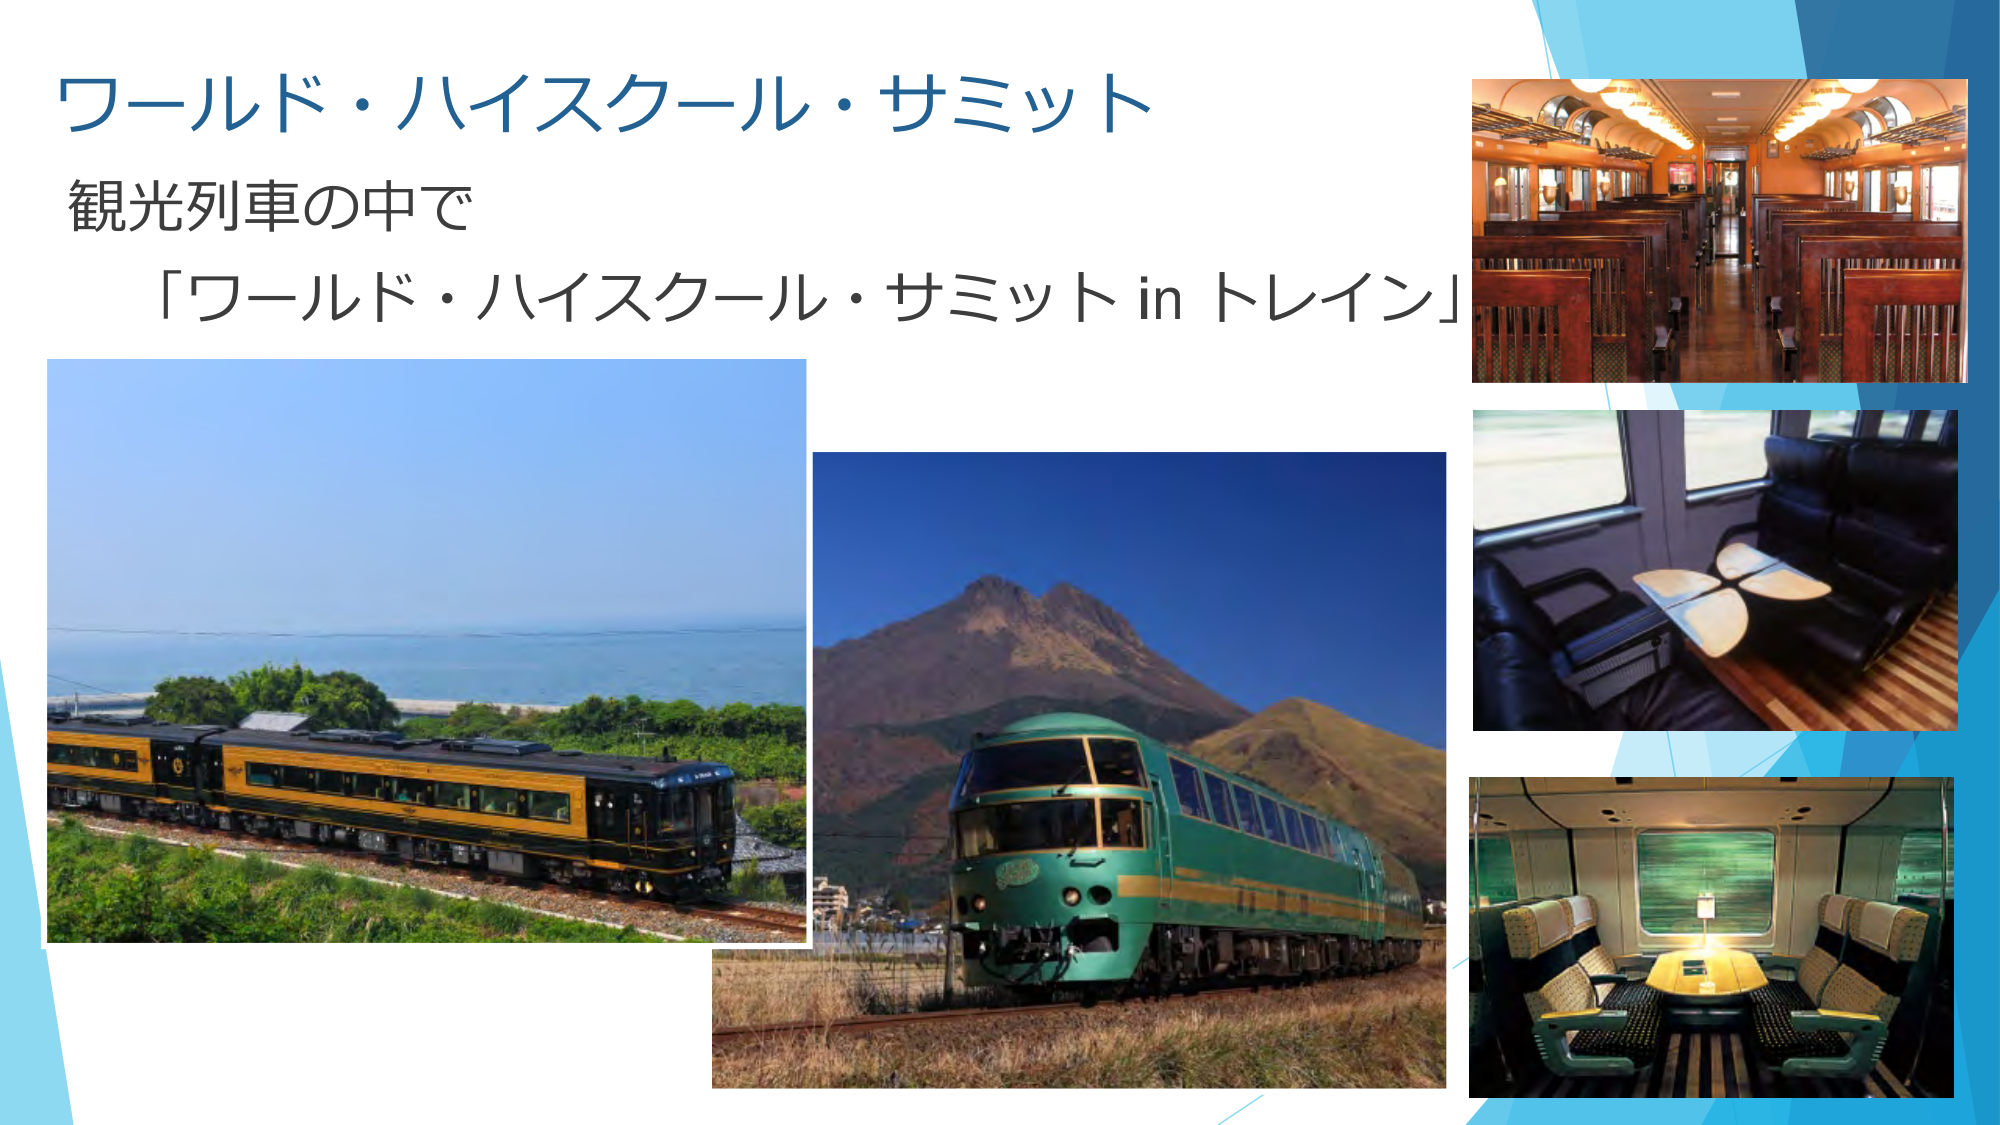
ワールド・ハイスクール・サミット
観光列車の中で
「ワールド・ハイスクール・サミット in トレイン」